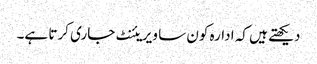
دیکھتے ہیں کہ ادارہ کون سا ویریئنٹ جاری کرتا ہے۔